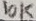
Text: 10K